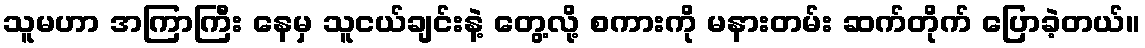
သူမဟာ အကြာကြီး နေမှ သူငယ်ချင်းနဲ့ တွေ့လို့ စကားကို မနားတမ်း ဆက်တိုက် ပြောခဲ့တယ်။